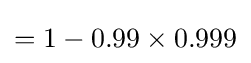
=1-0.99\times 0.999